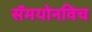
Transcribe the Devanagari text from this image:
सॅमयोनविच